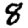
Digit: 8